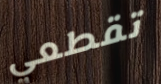
تقطعي